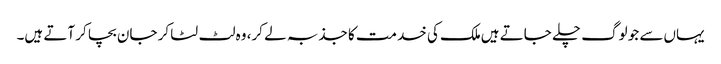
یہاں‌سے جو لوگ چلے جاتے ہیں‌ملک کی خدمت کا جذبہ لے کر، وہ لٹ لٹا کر جان بچا کر آتے ہیں۔